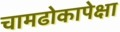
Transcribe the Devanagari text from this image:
चामढोकापेक्षा